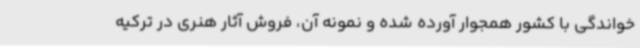
خواندگی با کشور همجوار آورده شده و نمونه آن، فروش آثار هنری در ترکیه